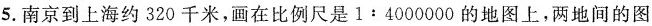
5.南京到上海约320千米，画在比例尺是1:4000000的地图上，两地间的图